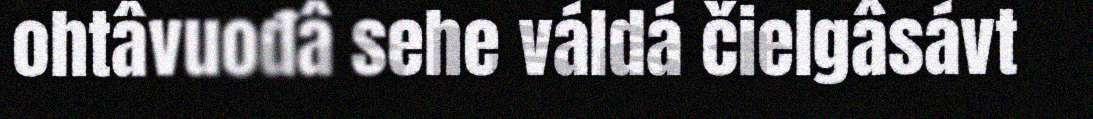
ohtâvuođâ sehe váldá čielgâsávt